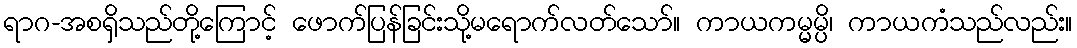
ရာဂ-အစရှိသည်တို့ကြောင့် ဖောက်ပြန်ခြင်းသို့မရောက်လတ်သော်။ ကာယကမ္မမ္ပိ၊ ကာယကံသည်လည်း။